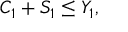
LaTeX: C _ { 1 } + S _ { 1 } \leq Y _ { 1 } ,